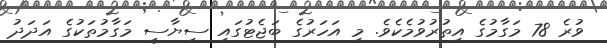
ވުރެ 78 މަގާމުގެ އިތުރުވުމެކެވެ. މި އަހަރުގެ ބަޖެޓުގައި ސިޔާސީ މަގާމުތަކުގެ އަދަދު